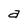
Character: a